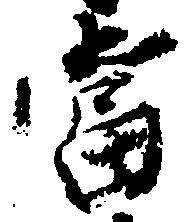
当